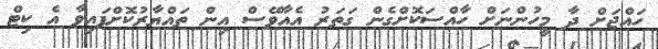
ހައްޖަށް ދާ މީހުންނަށް ހާއްސަކޮށްގެން ގަތަރު އެއާވޭސް އިން ތައްޔާރުކޮށްފައިވާ އެ ކިޓް